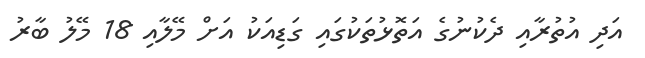
އަދި އުތުރާއި ދެކުނުގެ އަތޮޅުތަކުގައި ގަޑިއަކު އަށް މޭލާއި 18 މޭލު ބާރު